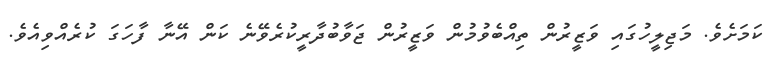
ކަމަށެވެ. މަޖިލީހުގައި ވަޒީރުން ތިއްބެވުމުން ވަޒީރުން ޖަވާބުދާރީކުރެވޭނެ ކަން އޭނާ ފާހަގަ ކުރެއްވިއެވެ.